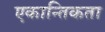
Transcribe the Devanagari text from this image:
एकान्तिकता